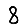
Digit: 8